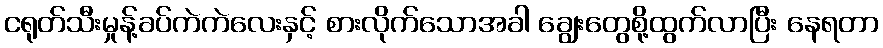
ငရုတ်သီးမှုန့်ခပ်ကဲကဲလေးနှင့် စားလိုက်သောအခါ ချွေးတွေစို့ထွက်လာပြီး နေရတာ